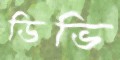
ডিভি